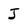
Character: J